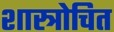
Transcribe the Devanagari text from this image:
शास्त्रोचित